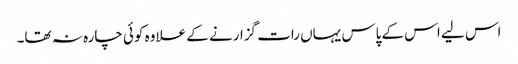
اس لیے اس کے پاس یہاں رات گزارنے کے علاوہ کوئی چارہ نہ تھا۔